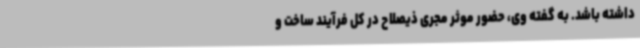
داشته باشد. به گفته وی، حضور موثر مجری ذیصلاح در کل فرآیند ساخت و